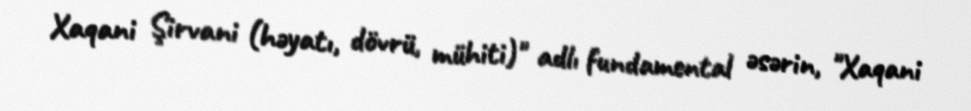
Xaqani Şirvani (həyatı, dövrü, mühiti)" adlı fundamental əsərin, "Xaqani